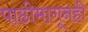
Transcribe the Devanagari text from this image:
पाठीमागूनही